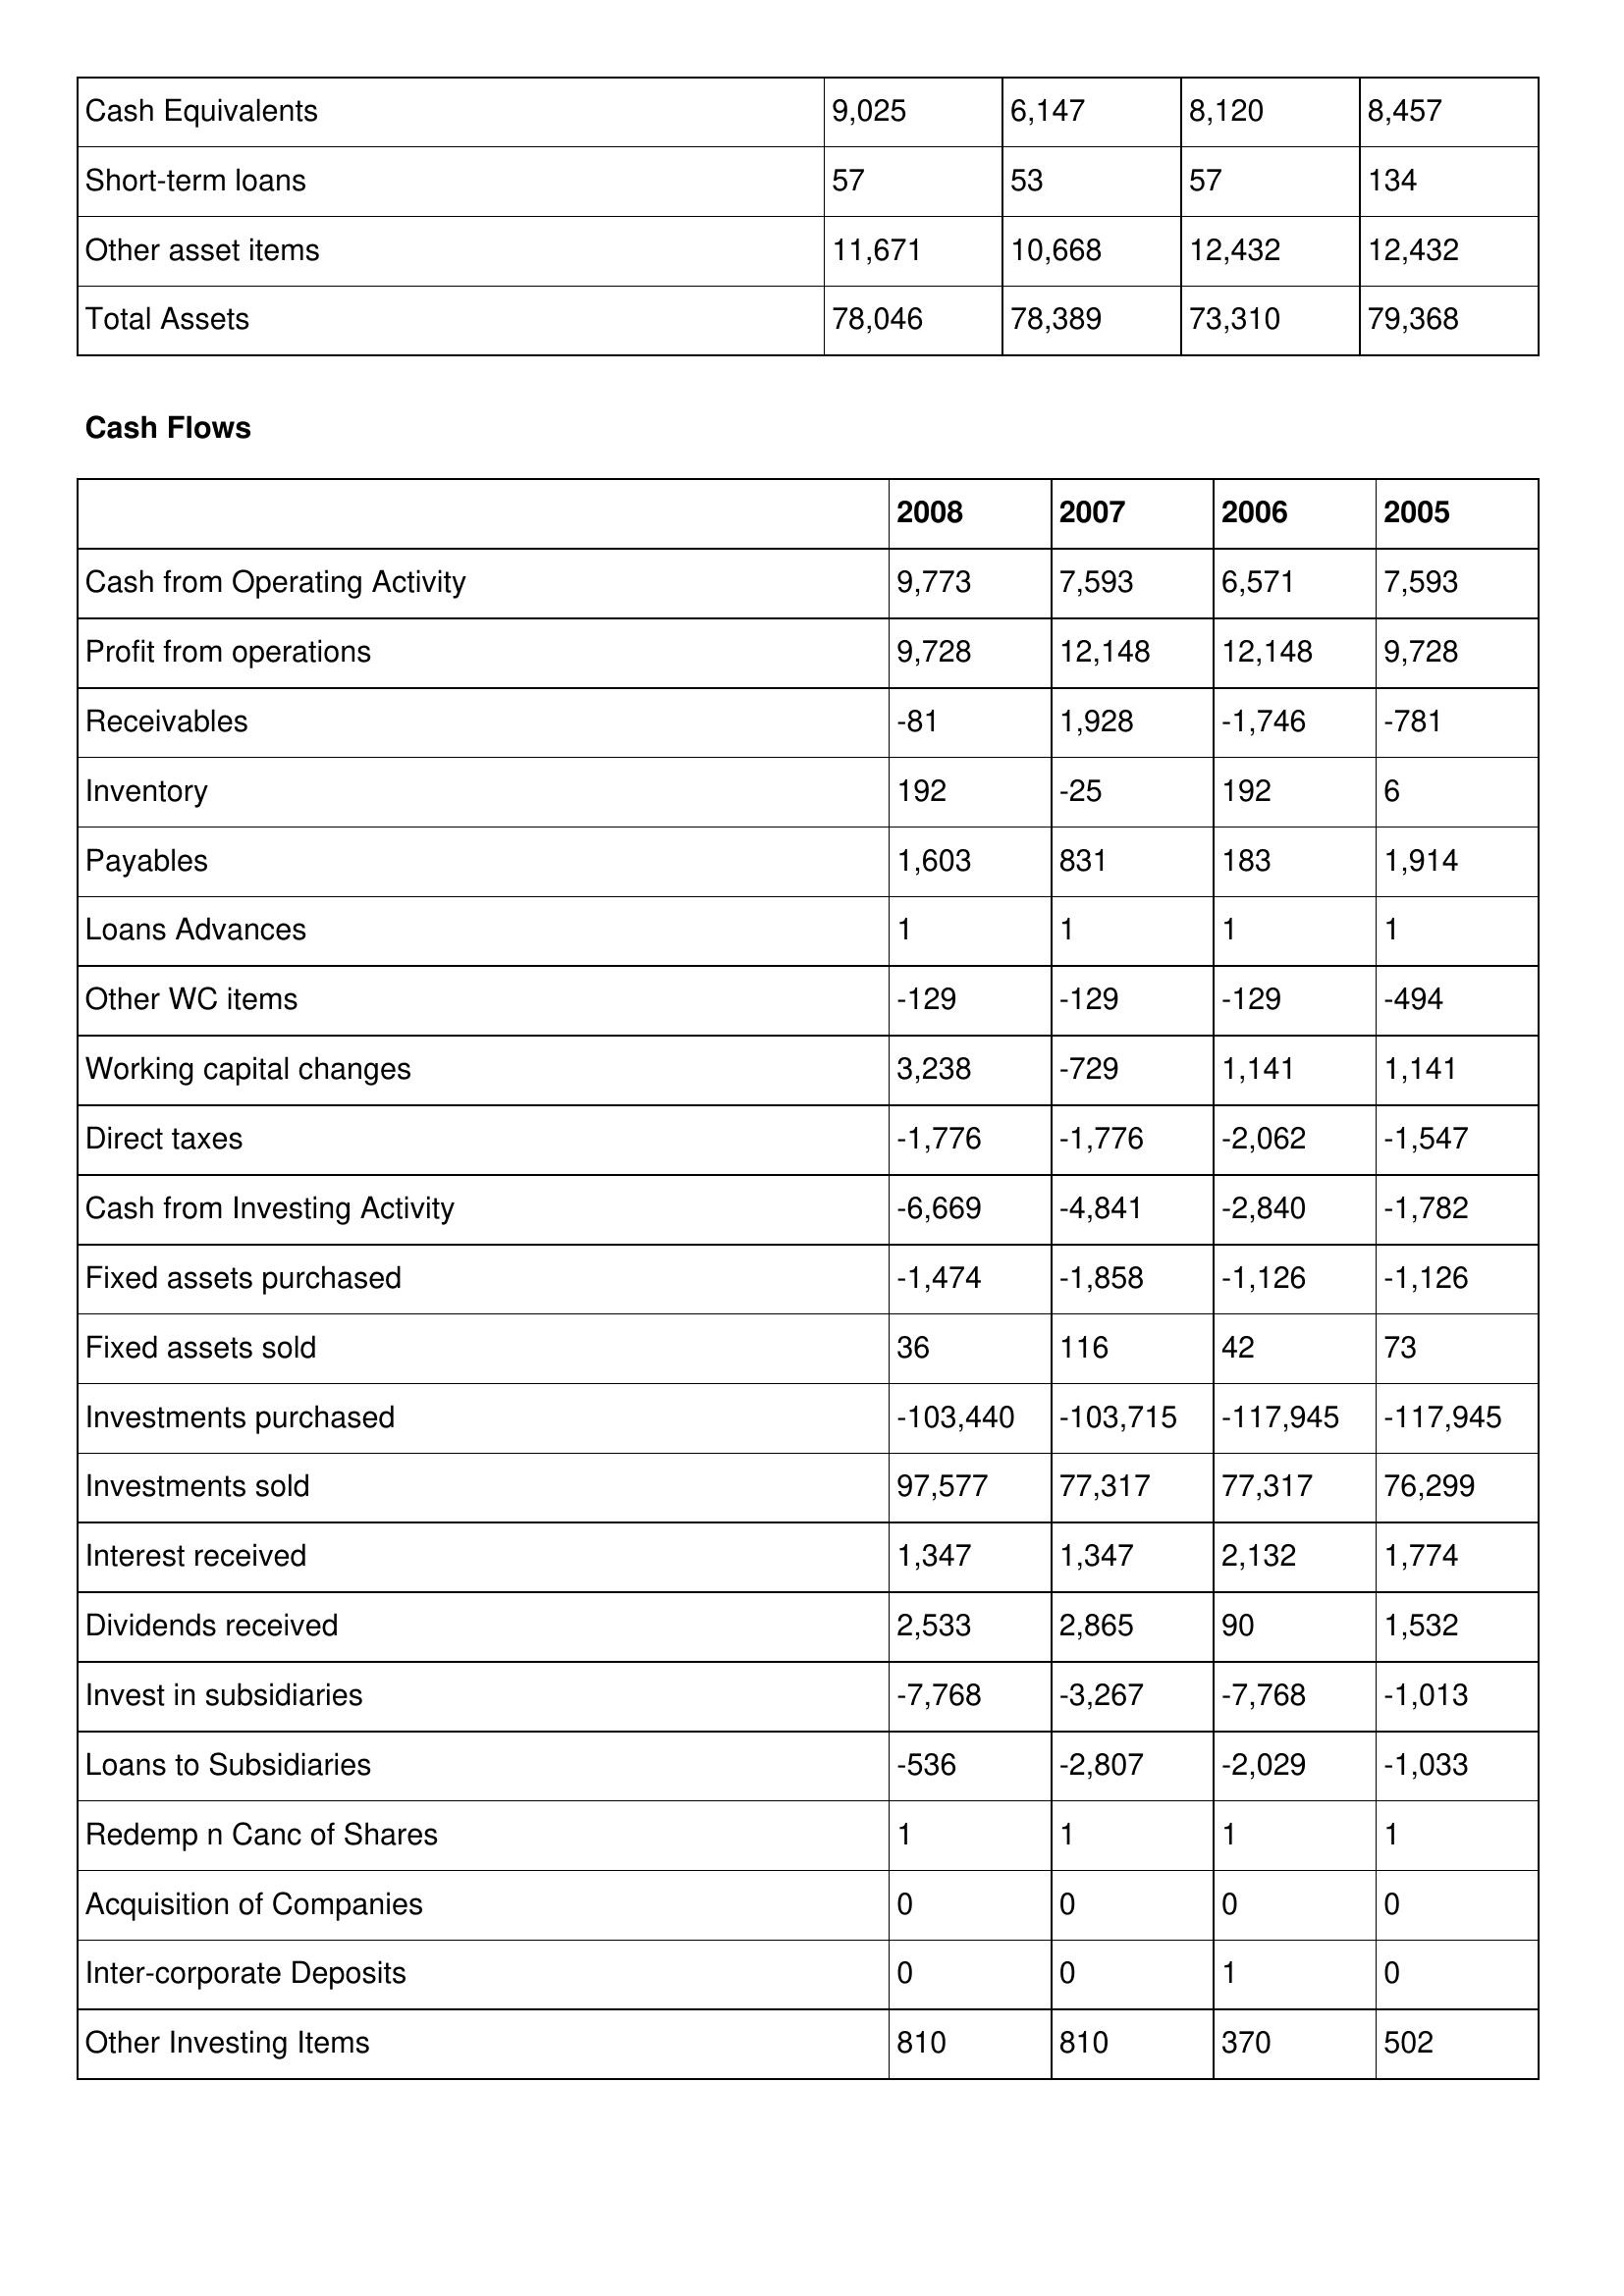
gt_parse: 2008: Balance Sheet: Cash Equivalents: 9,025
Short-term loans: 57
Other asset items: 11,671
Total Assets: 78,046
Cash Flows: Cash from Operating Activity: 9,773
Profit from operations: 9,728
Receivables: -81
Inventory: 192
Payables: 1,603
Loans Advances: 1
Other WC items: -129
Working capital changes: 3,238
Direct taxes: -1,776
Cash from Investing Activity: -6,669
Fixed assets purchased: -1,474
Fixed assets sold: 36
Investments purchased: -103,440
Investments sold: 97,577
Interest received: 1,347
Dividends received: 2,533
Invest in subsidiaries: -7,768
Loans to Subsidiaries: -536
Redemp n Canc of Shares: 1
Acquisition of Companies: 0
Inter-corporate Deposits: 0
Other Investing Items: 810
2007: Balance Sheet: Cash Equivalents: 6,147
Short-term loans: 53
Other asset items: 10,668
Total Assets: 78,389
Cash Flows: Cash from Operating Activity: 7,593
Profit from operations: 12,148
Receivables: 1,928
Inventory: -25
Payables: 831
Loans Advances: 1
Other WC items: -129
Working capital changes: -729
Direct taxes: -1,776
Cash from Investing Activity: -4,841
Fixed assets purchased: -1,858
Fixed assets sold: 116
Investments purchased: -103,715
Investments sold: 77,317
Interest received: 1,347
Dividends received: 2,865
Invest in subsidiaries: -3,267
Loans to Subsidiaries: -2,807
Redemp n Canc of Shares: 1
Acquisition of Companies: 0
Inter-corporate Deposits: 0
Other Investing Items: 810
2006: Balance Sheet: Cash Equivalents: 8,120
Short-term loans: 57
Other asset items: 12,432
Total Assets: 73,310
Cash Flows: Cash from Operating Activity: 6,571
Profit from operations: 12,148
Receivables: -1,746
Inventory: 192
Payables: 183
Loans Advances: 1
Other WC items: -129
Working capital changes: 1,141
Direct taxes: -2,062
Cash from Investing Activity: -2,840
Fixed assets purchased: -1,126
Fixed assets sold: 42
Investments purchased: -117,945
Investments sold: 77,317
Interest received: 2,132
Dividends received: 90
Invest in subsidiaries: -7,768
Loans to Subsidiaries: -2,029
Redemp n Canc of Shares: 1
Acquisition of Companies: 0
Inter-corporate Deposits: 1
Other Investing Items: 370
2005: Balance Sheet: Cash Equivalents: 8,457
Short-term loans: 134
Other asset items: 12,432
Total Assets: 79,368
Cash Flows: Cash from Operating Activity: 7,593
Profit from operations: 9,728
Receivables: -781
Inventory: 6
Payables: 1,914
Loans Advances: 1
Other WC items: -494
Working capital changes: 1,141
Direct taxes: -1,547
Cash from Investing Activity: -1,782
Fixed assets purchased: -1,126
Fixed assets sold: 73
Investments purchased: -117,945
Investments sold: 76,299
Interest received: 1,774
Dividends received: 1,532
Invest in subsidiaries: -1,013
Loans to Subsidiaries: -1,033
Redemp n Canc of Shares: 1
Acquisition of Companies: 0
Inter-corporate Deposits: 0
Other Investing Items: 502